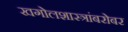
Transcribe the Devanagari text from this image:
खगोलशास्त्रांबरोबर